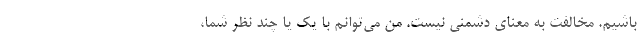
باشیم. مخالفت به معنای دشمنی نیست. من می‌توانم با یک یا چند نظر شما،